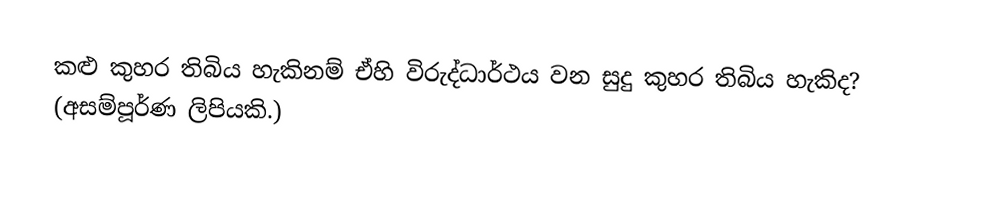
කළු කුහර තිබිය හැකිනම් ඒහි විරුද්ධාර්ථය වන සුදු කුහර තිබිය හැකිද? (අසම්පූර්ණ ලිපියකි.)